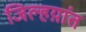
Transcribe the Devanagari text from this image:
जिल्हय़ांत